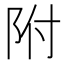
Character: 附